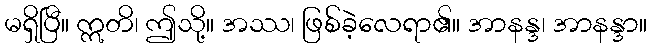
မရှိပြီ။ ဣတိ၊ ဤသို့။ အဿ၊ ဖြစ်ခဲ့လေရာ၏။ အာနန္ဒ၊ အာနန္ဒာ။